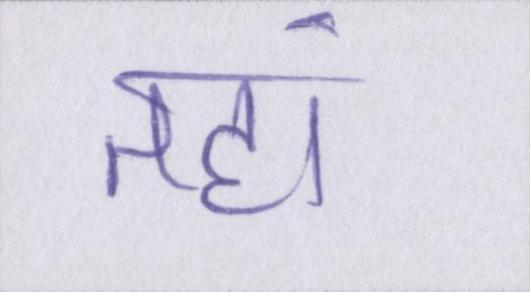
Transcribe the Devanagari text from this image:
तहां